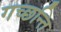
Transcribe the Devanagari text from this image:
गच्छन्ति